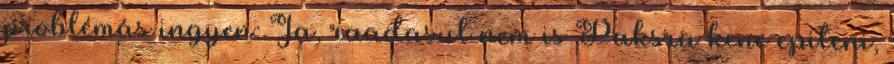
problémás ingyen: Ja, raadasul nem is Paksra kene epiteni,